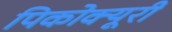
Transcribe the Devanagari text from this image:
पिकोक्यूरी